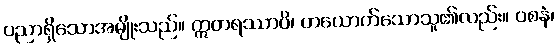
ပညာရှိသောအမျိုးသည်။ ဣတရဿာပိ၊ တယောက်သောသူ၏လည်း။ ဝစနံ၊